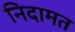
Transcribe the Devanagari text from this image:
निदामत